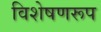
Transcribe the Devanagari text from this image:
विशेषणरूप